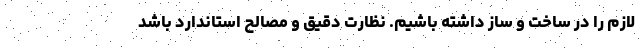
لازم را در ساخت و ساز داشته باشیم. نظارت دقیق و مصالح استاندارد باشد